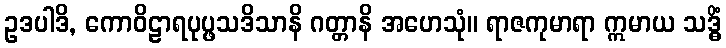
ဥဒပါဒိ, ကောဝိဠာရပုပ္ဖသဒိသာနိ ဂတ္တာနိ အဟေသုံ။ ရာဇကုမာရာ ဣမာယ သဒ္ဓိံ